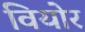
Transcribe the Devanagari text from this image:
वियोर